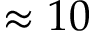
\approx 1 0